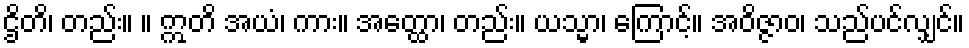
ဌိတိ၊ တည်း။ ။ ဣတိ အယံ၊ ကား။ အတ္ထော၊ တည်း။ ယသ္မာ၊ ကြောင့်။ အဝိဇ္ဇာဝ၊ သည်ပင်လျှင်။